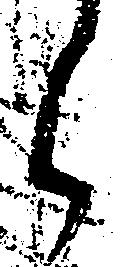
御